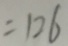
= 1 2 6